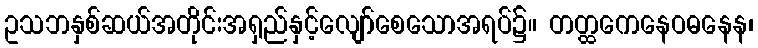
ဥသဘနှစ်ဆယ်အတိုင်းအရှည်နှင့်လျော်စေသောအရပ်၌။ တတ္ထကေနေဝဓနေန၊